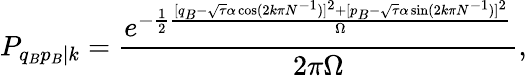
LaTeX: P_{q_{B}p_{B}|k}=\frac{e^{-\frac{1}{2}\frac{[q_{B}-\sqrt{\tau}\alpha\cos(2k\pi N^{-1})]^{2}+[p_{B}-\sqrt{\tau}\alpha\sin(2k\pi N^{-1})]^{2}}{\Omega}}}{2\pi\Omega},